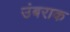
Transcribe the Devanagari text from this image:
उंबराक